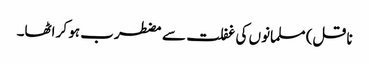
ناقل) مسلمانوں کی غفلت سے مضطرب ہو کر اٹھا۔